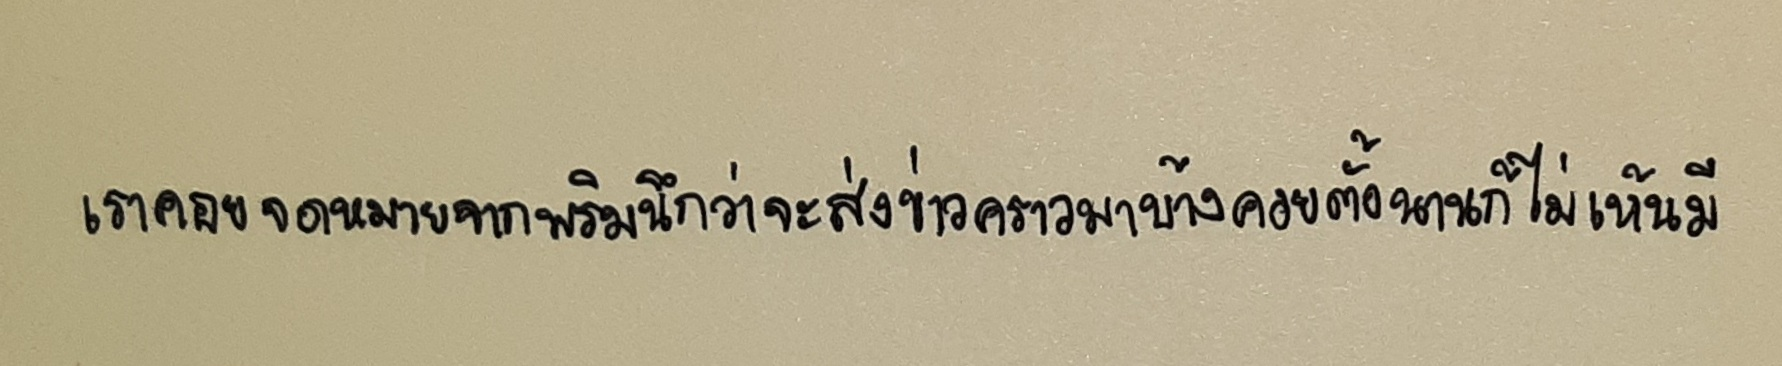
เราคอยจดหมายจากพริมนึกว่าจะส่งข่าวคราวมาบ้างคอยตั้งนานก็ไม่เห็นมี